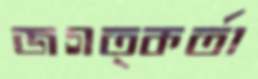
জগত্কর্তা